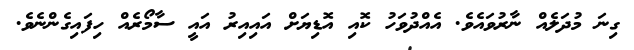
ގިނަ މުދަލެއް ނާރުވައެވެ. އެއްދުވަހު ކޮއި އޮޑިޔަށް އައިއިރު އައީ ސާމޯރެއް ހިފައިގެންނެވެ.